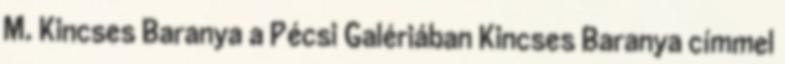
M. Kincses Baranya a Pécsi Galériában Kincses Baranya címmel